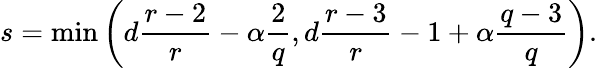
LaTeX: s=\operatorname*{min}\left(d\frac{r-2}{r}-\alpha\frac{2}{q},d\frac{r-3}{r}-1+\alpha\frac{q-3}{q}\right).